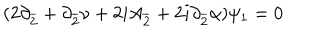
( 2 \partial _ { \overline { { { 2 } } } } + \partial _ { \overline { { { 2 } } } } \nu + 2 i A _ { \overline { { { 2 } } } } + 2 i \partial _ { \overline { { { 2 } } } } \alpha ) \psi _ { 1 } = 0